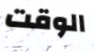
الوقت